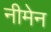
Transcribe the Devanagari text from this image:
नीमेन